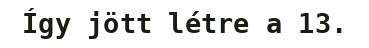
Így jött létre a 13.